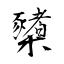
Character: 櫫